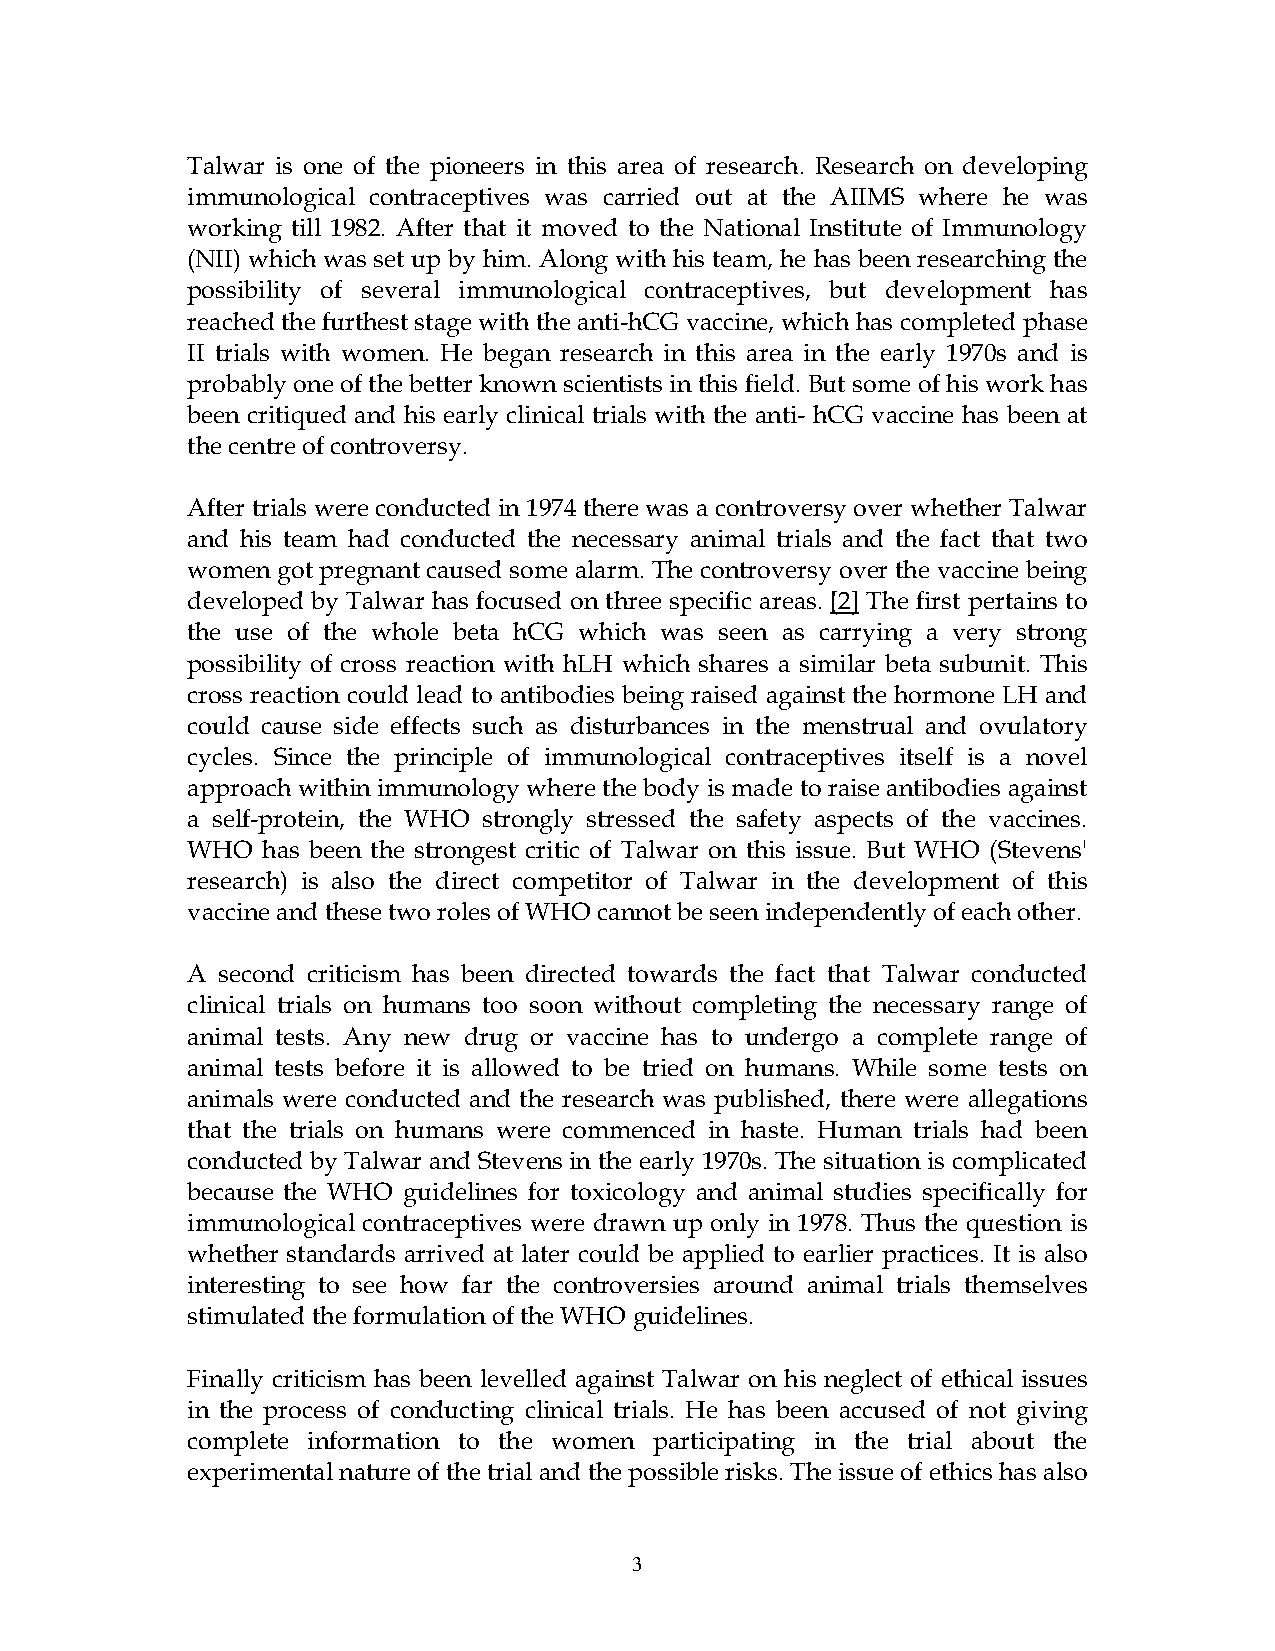
Talwar is one of the pioneers in this area of research. Research on developing
 immunological contraceptives was carried out at the AIIMS where he was
 working till 1982. After that it moved to the National Institute of Immunology
 (NII) which was set up by him. Along with his team, he has been researching the
 possibility of several immunological contraceptives, but development has
 reached the furthest stage with the anti-hCG vaccine, which has completed phase
 II trials with women. He began research in this area in the early 1970s and is
 probably one of the better known scientists in this field. But some of his work has
 been critiqued and his early clinical trials with the anti- hCG vaccine has been at
 the centre of controversy.
 After trials were conducted in 1974 there was a controversy over whether Talwar
 and his team had conducted the necessary animal trials and the fact that two
 women got pregnant caused some alarm. The controversy over the vaccine being
 developed by Talwar has focused on three specific areas. [2] The first pertains to
 the use of the whole beta hCG which was seen as carrying a very strong
 possibility of cross reaction with hLH which shares a similar beta subunit. This
 cross reaction could lead to antibodies being raised against the hormone LH and
 could cause side effects such as disturbances in the menstrual and ovulatory
 cycles. Since the principle of immunological contraceptives itself is a novel
 approach within immunology where the body is made to raise antibodies against
 a self-protein, the WHO strongly stressed the safety aspects of the vaccines.
 WHO  has been the strongest critic of Talwar on this issue. But WHO (Stevens'
 research) is also the direct competitor of Talwar in the development of this
 vaccine and these two roles of WHO cannot be seen independently of each other.
 A second criticism has been directed towards the fact that Talwar conducted
 clinical trials on humans too soon without completing the necessary range of
 animal tests. Any new drug or vaccine has to undergo a complete range of
 animal tests before it is allowed to be tried on humans. While some tests on
 animals were conducted and the research was published, there were allegations
 that the trials on humans were commenced in haste. Human trials had been
 conducted by Talwar and Stevens in the early 1970s. The situation is complicated
 because the WHO guidelines for toxicology and animal studies specifically for
 immunological contraceptives were drawn up only in 1978. Thus the question is
 whether standards arrived at later could be applied to earlier practices. It is also
 interesting to see how far the controversies around animal trials themselves
 stimulated the formulation of the WHO guidelines.
 Finally criticism has been levelled against Talwar on his neglect of ethical issues
 in the process of conducting clinical trials. He has been accused of not giving
 complete information to the women participating in the trial about the
 experimental nature of the trial and the possible risks. The issue of ethics has also
 3